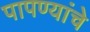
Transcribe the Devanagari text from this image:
पापण्यांचे